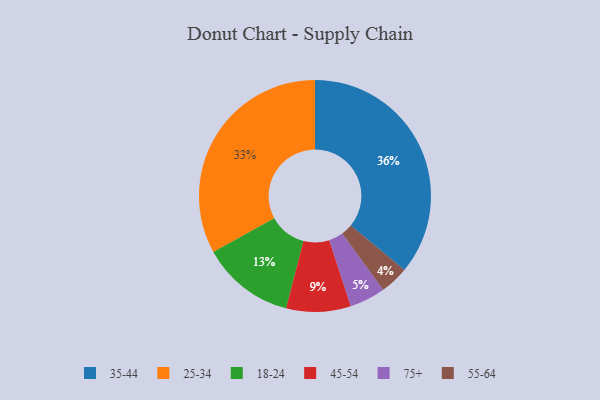
{"axis": {"x": "Category", "y": "Percentage"}, "legend": ["18-24", "25-34", "35-44", "45-54", "55-64", "75+"], "data": [{"x": "45-54", "y": 9, "type": "45-54"}, {"x": "75+", "y": 5, "type": "75+"}, {"x": "35-44", "y": 36, "type": "35-44"}, {"x": "55-64", "y": 4, "type": "55-64"}, {"x": "18-24", "y": 13, "type": "18-24"}, {"x": "25-34", "y": 33, "type": "25-34"}]}